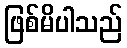
ဖြစ်မိပါသည်